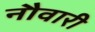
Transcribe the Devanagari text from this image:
नौवारी